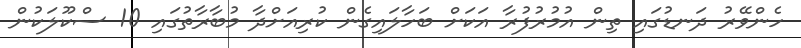
ހެންވޭރު ދަނޑުގައި ތިން އުމުރުފުރާ އަކަށް ބަހާލައިގެން ކުރިއަށްދާ މުބާރާތުގައި 10 ސްކޫލަކުން